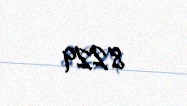
8229